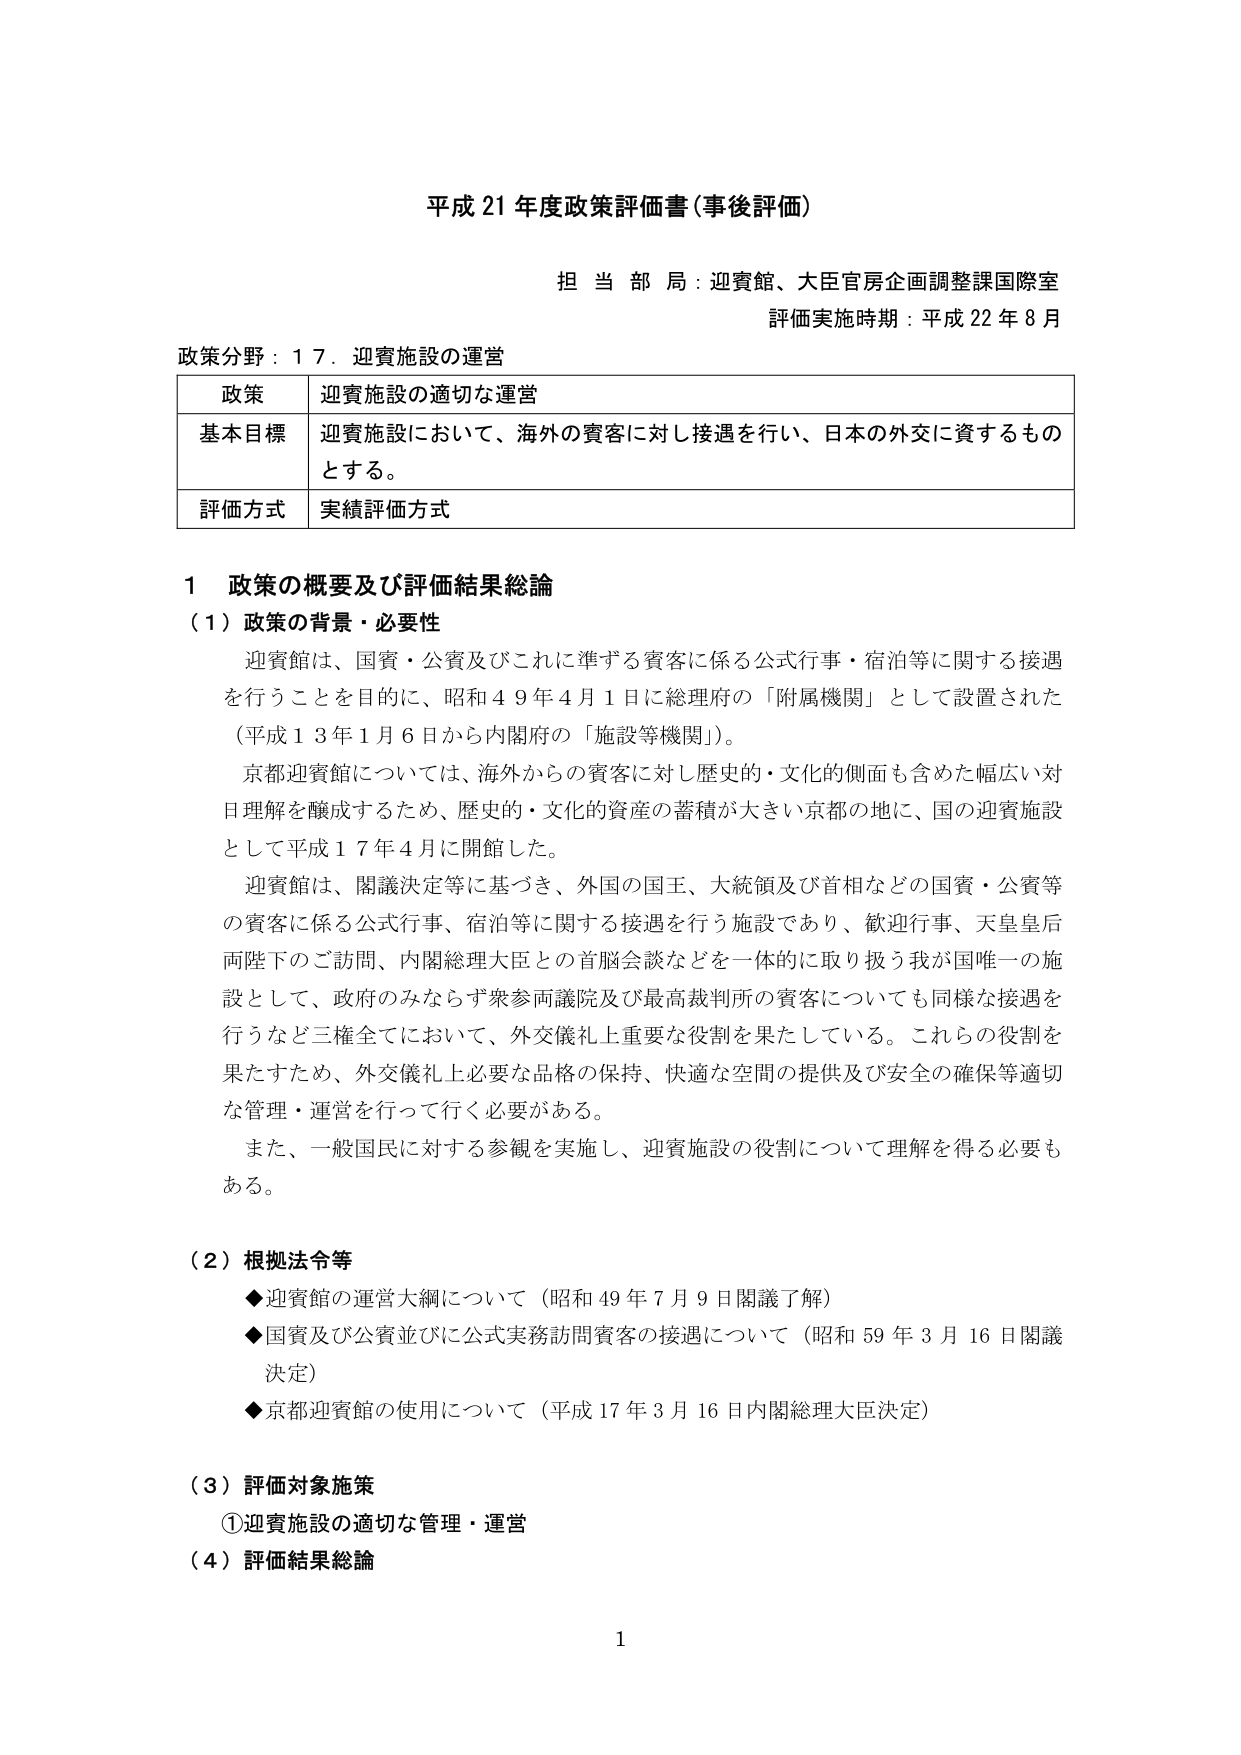
平成21年度政策評価書（事後評価）

担当部局：迎賓館、大臣官房企画調整課国際室
評価実施時期：平成22年8月

政策分野：17．迎賓施設の運営

| 政策 | 迎賓施設の適切な運営 |
|------|----------------------|
| 基本目標 | 迎賓施設において、海外の賓客に対し接遇を行い、日本の外交に資するものとする。 |
| 評価方式 | 実績評価方式 |

1 政策の概要及び評価結果総論

（1）政策の背景・必要性

迎賓館は、国賓・公賓及びこれに準ずる賓客に係る公式行事・宿泊等に関する接遇を行うことを目的に、昭和49年4月1日に総理府の「附属機関」として設置された（平成13年1月6日から内閣府の「施設等機関」）。

京都迎賓館については、海外からの賓客に対し歴史的・文化的側面も含めた幅広い対日理解を醸成するため、歴史的・文化的資産の蓄積が大きい京都の地に、国の迎賓施設として平成17年4月に開館した。

迎賓館は、閣議決定等に基づき、外国の国王、大統領及び首相などの国賓・公賓等の賓客に係る公式行事、宿泊等に関する接遇を行う施設であり、歓迎行事、天皇皇后両陛下のご訪問、内閣総理大臣との首脳会談などを一体的に取り扱う我が国唯一の施設として、政府のみならず衆参両議院及び最高裁判所の賓客についても同様な接遇を行うなど三権全てにおいて、外交儀礼上重要な役割を果たしている。これらの役割を果たすため、外交儀礼上必要な品格の保持、快適な空間の提供及び安全の確保等適切な管理・運営を行って行く必要がある。

また、一般国民に対する参観を実施し、迎賓施設の役割について理解を得る必要もある。

（2）根拠法令等

◆迎賓館の運営大綱について（昭和49年7月9日閣議了解）
◆国賓及び公賓並びに公式実務訪問賓客の接遇について（昭和59年3月16日閣議決定）
◆京都迎賓館の使用について（平成17年3月16日内閣総理大臣決定）

（3）評価対象施策

①迎賓施設の適切な管理・運営

（4）評価結果総論

1